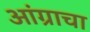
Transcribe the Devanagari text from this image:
आंग्राचा